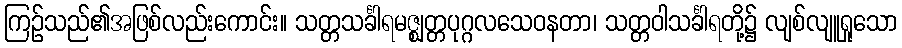
ကြဉ်သည်၏အဖြစ်လည်းကောင်း။ သတ္တသင်္ခါရမဇ္ဈတ္တပုဂ္ဂလသေဝနတာ၊ သတ္တဝါသင်္ခါရတို့၌ လျစ်လျူရှုသော